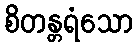
စိတန္တရံသော